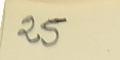
25